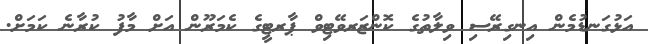
އަޅުގަނޑުމެން އިނގިރޭސި ވިލާތުގެ ކޮންޒަރވޭޓިވް ޕާރޓީގެ ކެމަރޫން އަށް މާފު ކުރާނެ ކަމަށް.